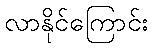
လာနိုင်ကြောင်း